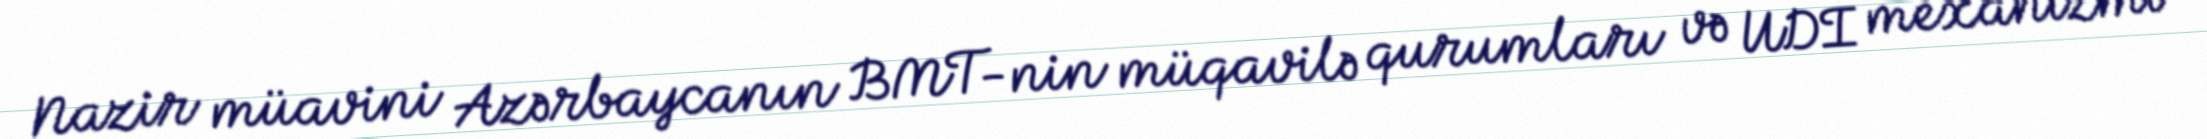
Nazir müavini Azərbaycanın BMT-nin müqavilə qurumları və UDİ mexanizmi